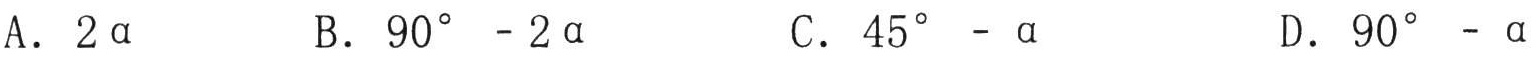
A. \(2\alpha\)  B. \(90^{\circ}-2\alpha\)  C. \(45^{\circ}-\alpha\)  D. \(90^{\circ}-\alpha\)